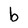
Character: b